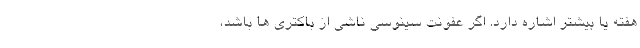
هفته یا بیشتر اشاره دارد. اگر عفونت سینوسی ناشی از باکتری ها باشد،